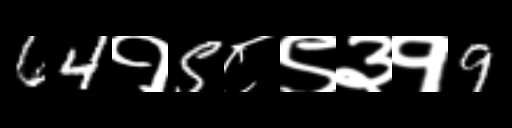
Text: 64१5८९३१9